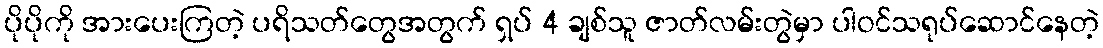
ပိုပိုကို အားပေးကြတဲ့ ပရိသတ်တွေအတွက် ရှပ် 4 ချစ်သူ ဇာတ်လမ်းတွဲမှာ ပါဝင်သရုပ်ဆောင်နေတဲ့